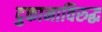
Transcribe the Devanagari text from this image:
दुकानाविरुद्ध